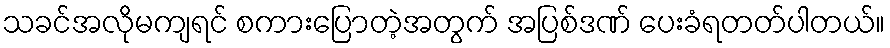
သခင်အလိုမကျရင် စကားပြောတဲ့အတွက် အပြစ်ဒဏ် ပေးခံရတတ်ပါတယ်။